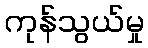
ကုန်သွယ်မှု